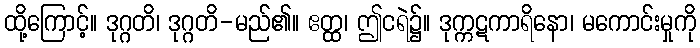
ထို့ကြောင့်။ ဒုဂ္ဂတိ၊ ဒုဂ္ဂတိ-မည်၏။ ဧတ္ထ၊ ဤငရဲ၌။ ဒုက္ကဋကာရိနော၊ မကောင်းမှုကို